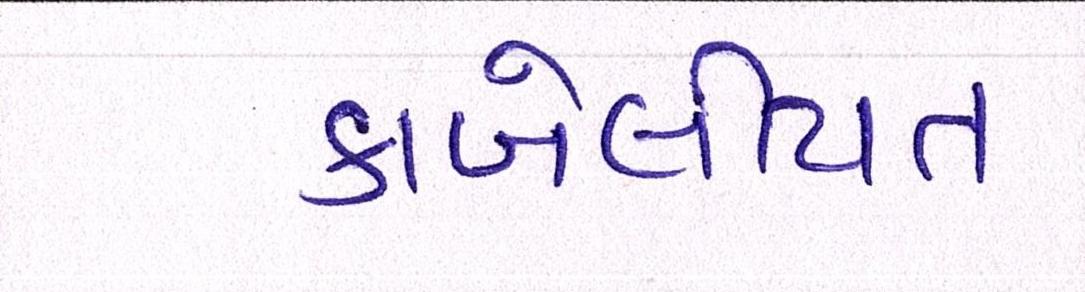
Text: કાબેલીયત